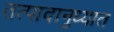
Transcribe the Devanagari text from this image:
तत्पादानुध्यात